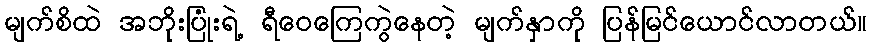
မျက်စိထဲ အဘိုးပြုံးရဲ့ ရီဝေကြေကွဲနေတဲ့ မျက်နှာကို ပြန်မြင်ယောင်လာတယ်။